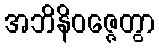
အဘိနိဝဇ္ဇေတွာ